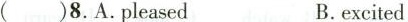
( )8.A.pleased B.excited